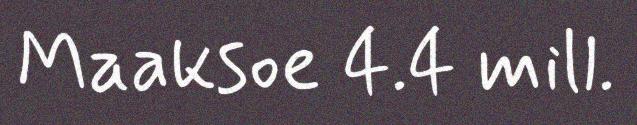
Maaksoe 4.4 mill.